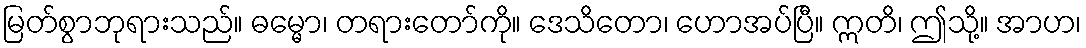
မြတ်စွာဘုရားသည်။ ဓမ္မော၊ တရားတော်ကို။ ဒေသိတော၊ ဟောအပ်ပြီ။ ဣတိ၊ ဤသို့။ အာဟ၊